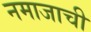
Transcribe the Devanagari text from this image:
नमाजाची